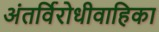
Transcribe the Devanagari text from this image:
अंतर्विरोधीवाहिका